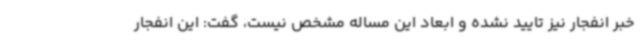
خبر انفجار نیز تایید نشده و ابعاد این مساله مشخص نیست، گفت: این انفجار